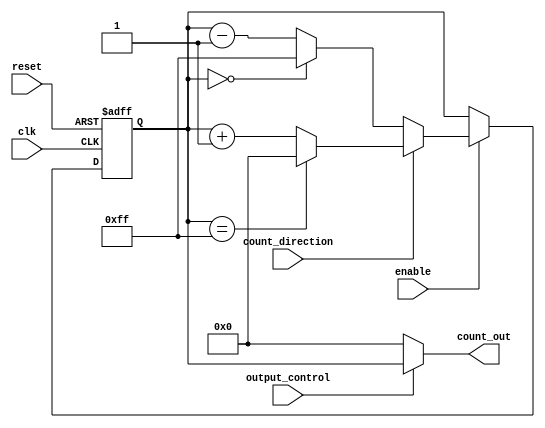
module synchronous_counter #(
    parameter WIDTH = 8,          // Width of the counter
    parameter INITIAL_VALUE = 8'h00, // Predefined reset value
    parameter MAX_VALUE = (1 << WIDTH) - 1 // Maximum value based on width
)(
    input wire clk,              // Clock input
    input wire reset,            // Asynchronous reset
    input wire enable,           // Enable counting
    input wire count_direction,   // 1: Count Up, 0: Count Down
    input wire output_control,    // 1: Output current value, 0: Hold state
    
    output reg [WIDTH-1:0] count_out // Counter output
);

    // Internal register for the counter
    reg [WIDTH-1:0] counter_reg;

    // Asynchronous reset logic
    always @(posedge clk or posedge reset) begin
        if (reset) begin
            counter_reg <= INITIAL_VALUE; // Reset to predefined value
        end else if (enable) begin
            // Counting logic
            if (count_direction) begin
                if (counter_reg == MAX_VALUE) 
                    counter_reg <= 0; // Wrap around to 0
                else 
                    counter_reg <= counter_reg + 1; // Increment
            end else begin
                if (counter_reg == 0) 
                    counter_reg <= MAX_VALUE; // Wrap around to max value
                else 
                    counter_reg <= counter_reg - 1; // Decrement
            end
        end
    end

    // Output control logic
    always @(*) begin
        if (output_control) begin
            count_out = counter_reg; // Output current counter value
        end else begin
            count_out = 0; // Hold state (could be predefined value)
        end
    end

endmodule